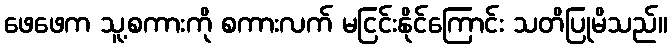
ဖေဖေက သူ့စကားကို စကားလက် မငြင်းနိုင်ကြောင်း သတိပြုမိသည်။